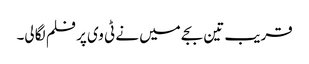
قریب تین بجے میں نے ٹی وی پر فلم لگا لی۔